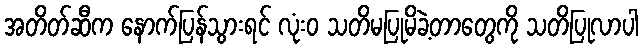
အတိတ်ဆီက နောက်ပြန်သွားရင် လုံးဝ သတိမပြုမိခဲ့တာတွေကို သတိပြုလာပါ